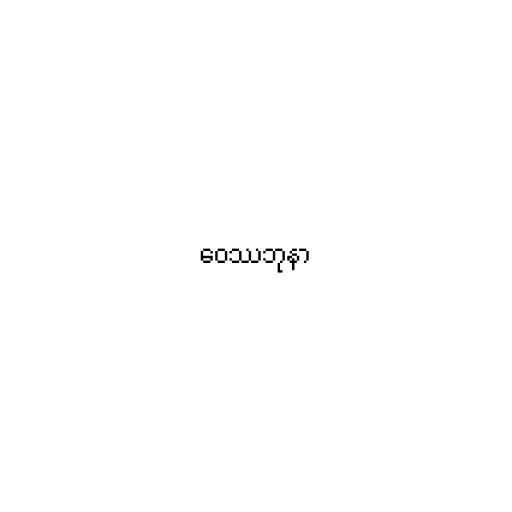
ဝေဿဘုနာ